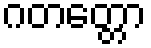
ဂတတ္တော